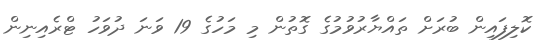
ކޮލިފައިން ބުރަށް ތައްޔާރުވުމުގެ ގޮތުން މި މަހުގެ 19 ވަނަ ދުވަހު ޓްރެއިނިން